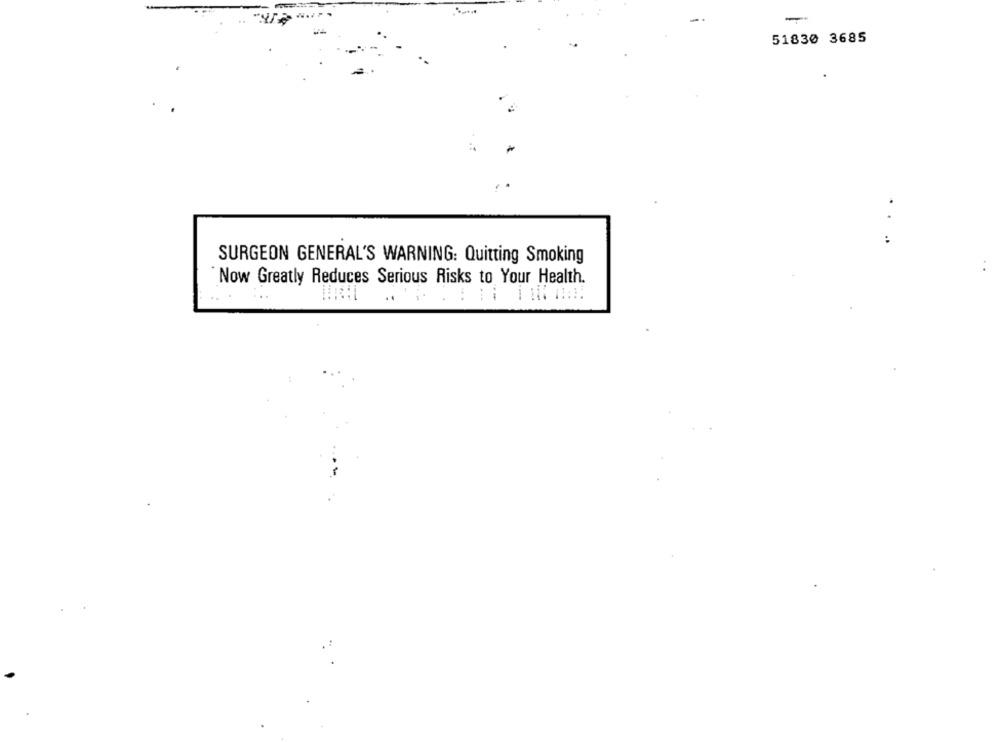
-
51830 3685
..
SURGEON GENERAL'S WARNING: Quitting Smoking
Now Greatly Reduces Serious Risks to Your Health.